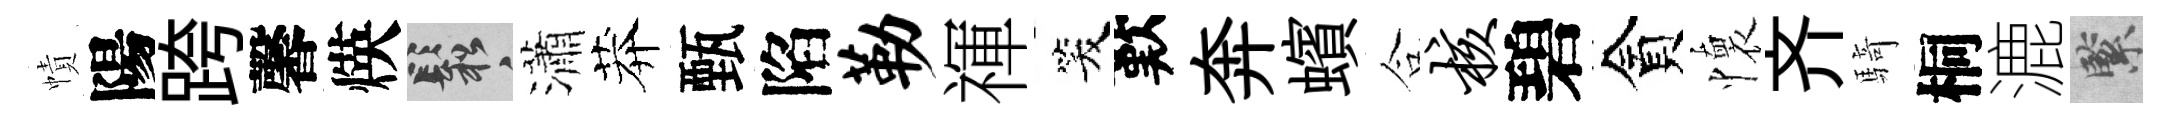
幘陽跨馨煐鬆瀟莽甄陷勒禈笑歎奔蠙合核碧貪懷齐騎桐漉緊